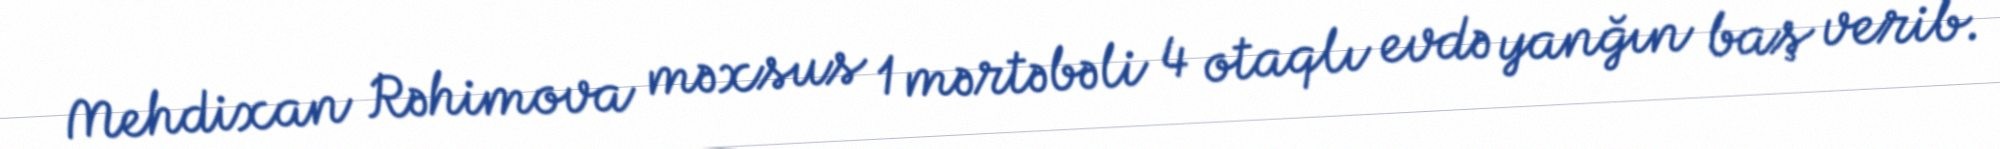
Mehdixan Rəhimova məxsus 1 mərtəbəli 4 otaqlı evdə yanğın baş verib.